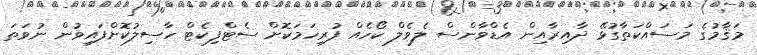
މަޤާމުގެ މަސައްކަތާގުޅޭ ދާއިރާއިން އެޑްވާންސް ލެވެލް ކޯހެއް ފުރިހަމަކޮށް ސެޓްފިކެޓް ހާސިލުކޮށްފައިވުން ނުވަތަ